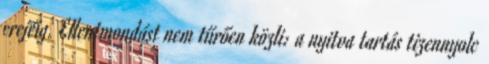
erejéig. Ellentmondást nem tűrően közli: a nyitva tartás tizennyolc